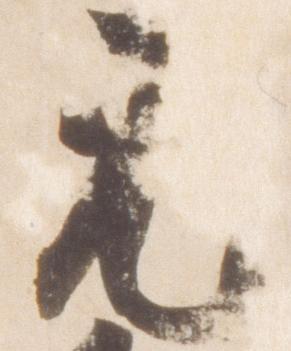
元